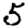
Digit: 5